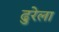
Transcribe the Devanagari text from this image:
ढुरेला